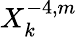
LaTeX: X_{k}^{-4,m}